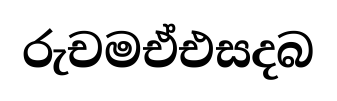
රුචමඒඑසදබ